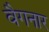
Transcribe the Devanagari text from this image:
वैगनार